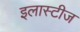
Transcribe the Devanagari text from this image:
इलास्टीज